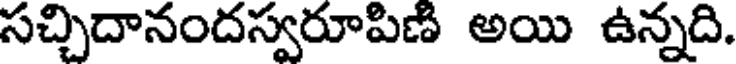
సచ్చిదానందస్వరూపిణ అయి ఉన్నది.